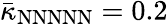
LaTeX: \bar{\kappa}_{\mathrm{NNNNN}}=0.2